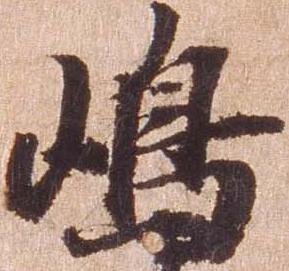
嶋